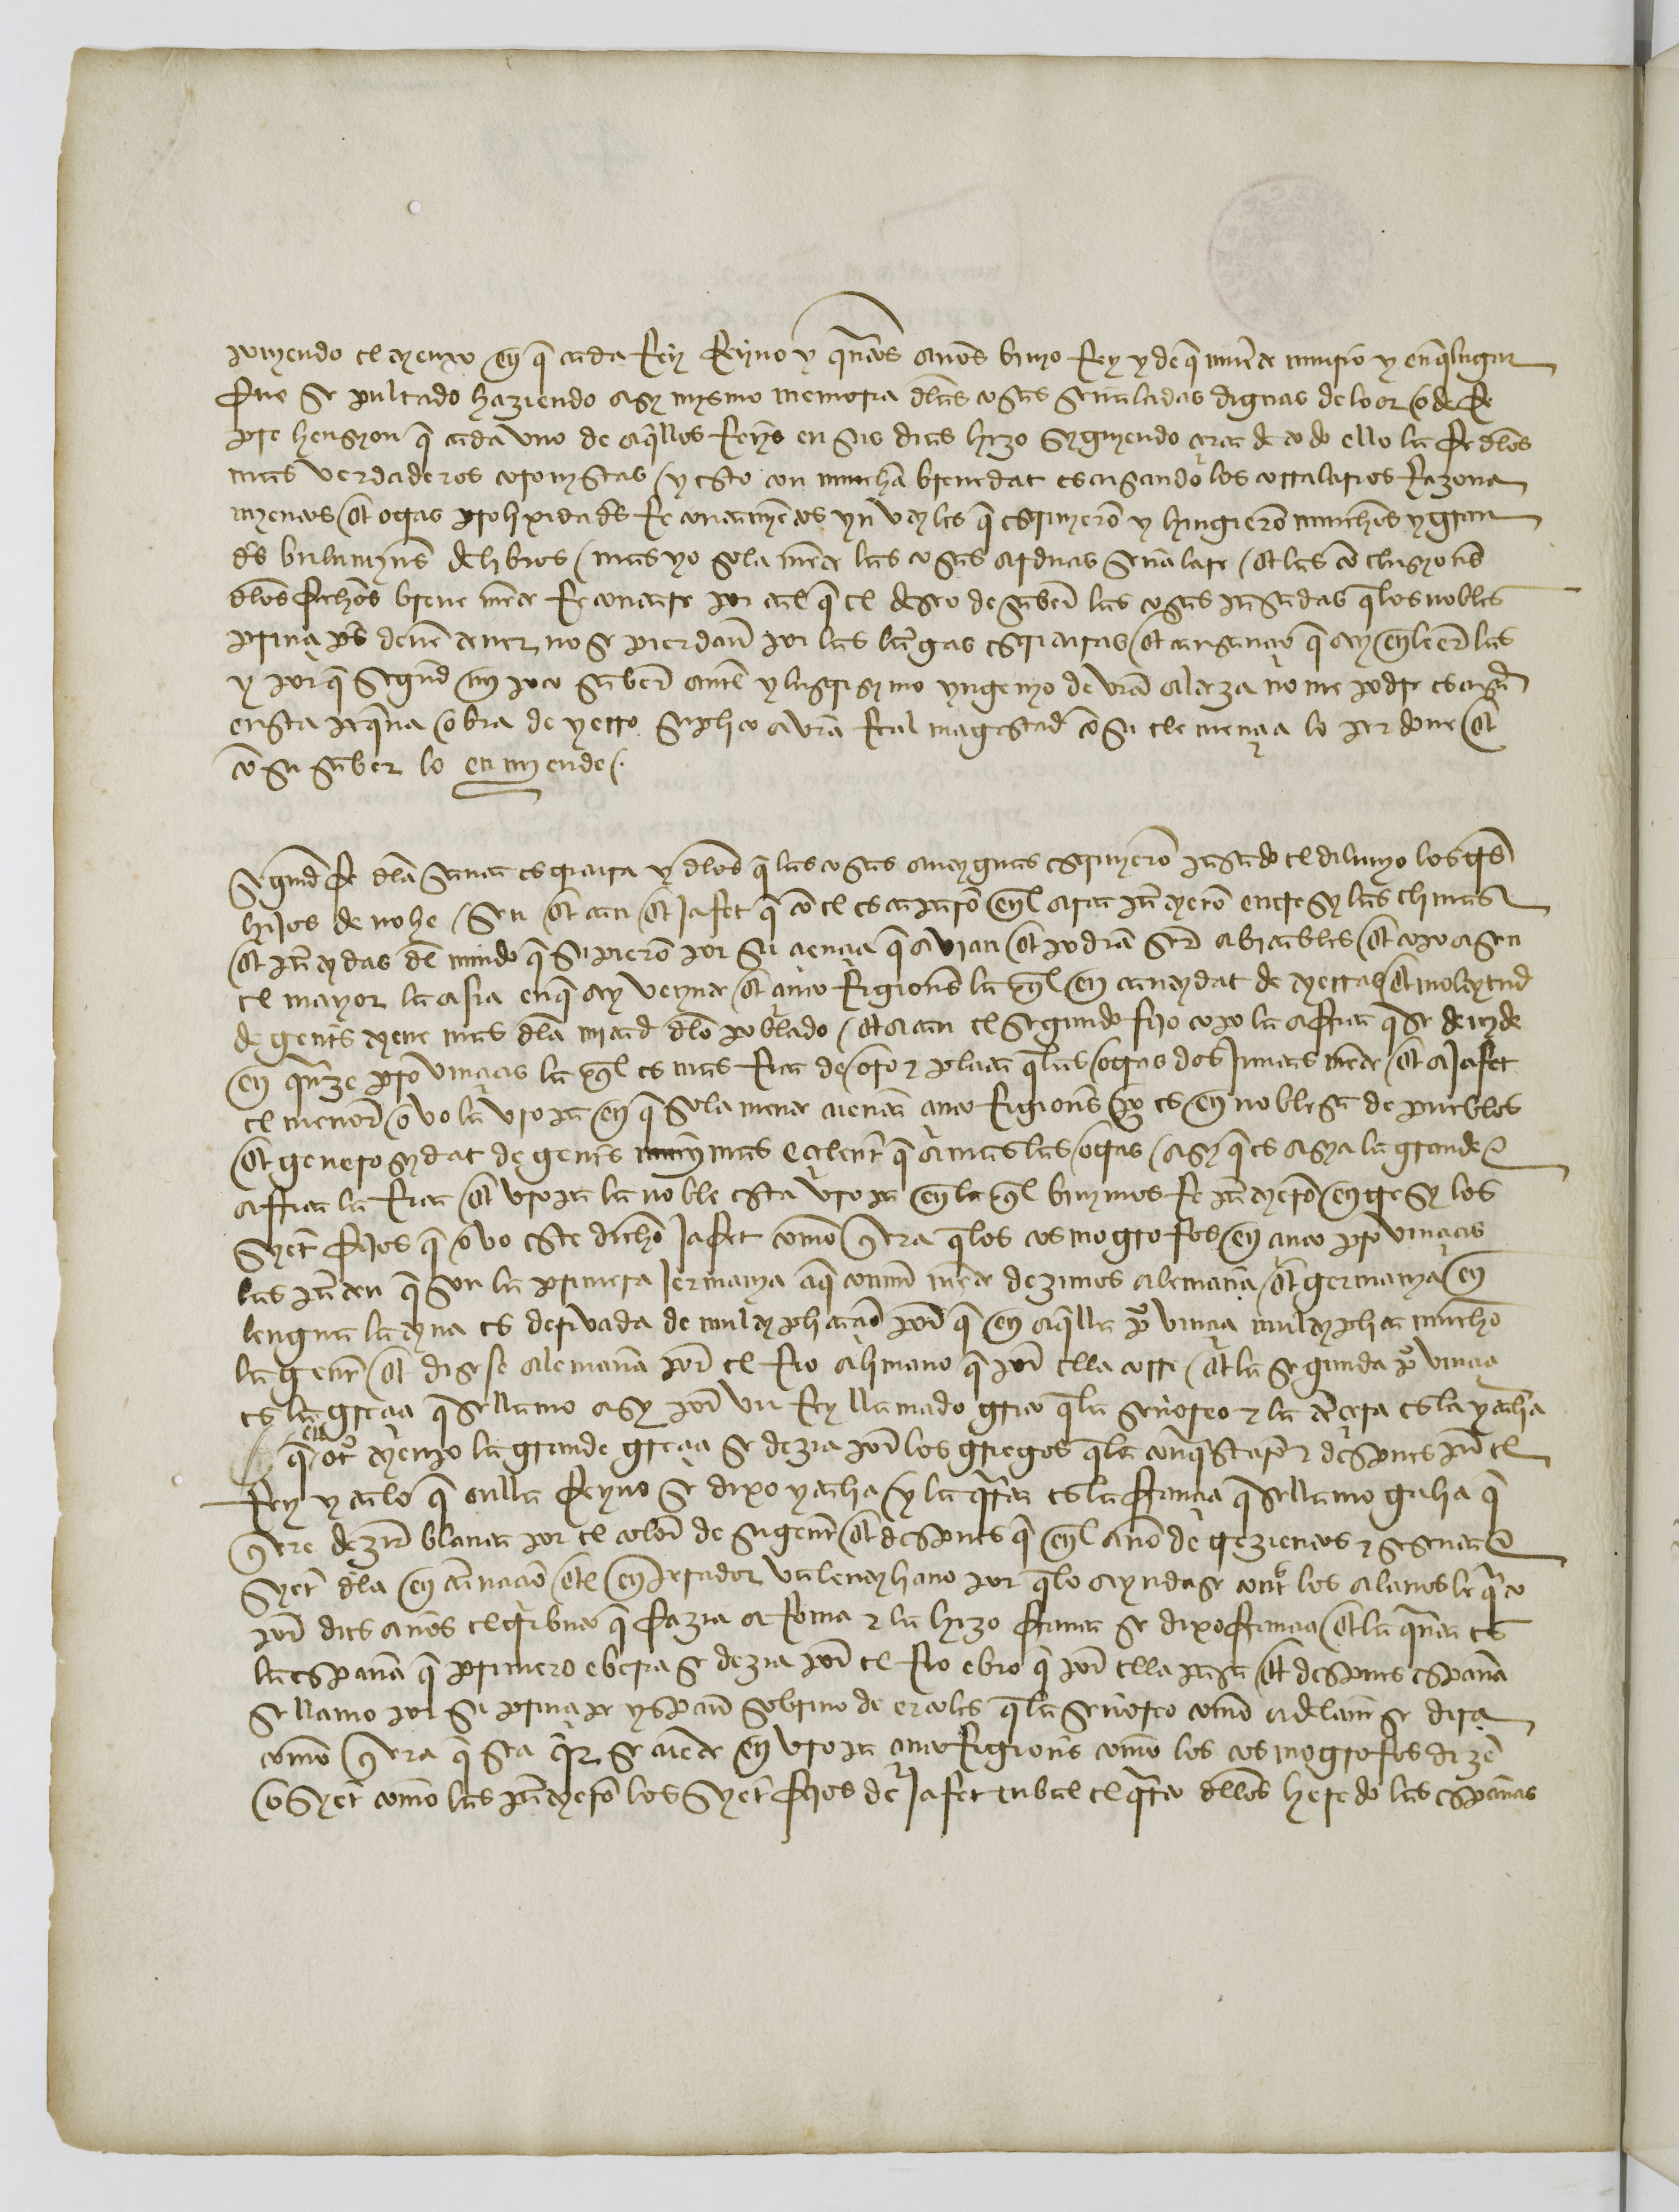
Shelfmark: Paris, BnF, esp. 110
Century: 15